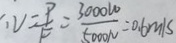
1 V = \frac { P } { F } = \frac { 3 0 0 0 W } { 5 0 0 0 N } = 0 . 6 m / s